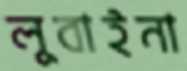
লুবাইনা